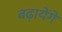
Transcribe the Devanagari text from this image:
बढ़ायेंगे